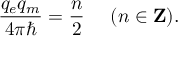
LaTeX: { \frac { q _ { e } q _ { m } } { 4 \pi \hbar } } = { \frac { n } { 2 } } \ \ \ \ ( n \in { \bf Z } ) .